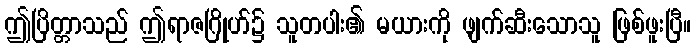
ဤပြိတ္တာသည် ဤရာဇဂြိုဟ်၌ သူတပါး၏ မယားကို ဖျက်ဆီးသောသူ ဖြစ်ဖူးပြီ။